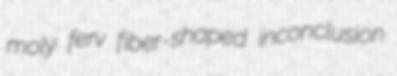
moly ferv fiber-shaped inconclusion